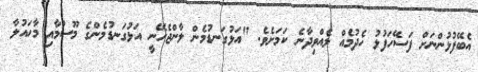
އެބޭފުޅުންނަށް ފަސޭހަފުޅު ހެދުމެއް ލެއްވިދާނެ ކަމަށެވެ. "އަޅުގަނޑުމެން ލާންޖެހޭނީ އަޅުގަނޑުމެންގެ މޫސުމާއި މާހައުލާ